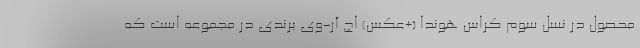
محصول در نسل سوم کراس هوندا (+عکس) اچ آر-وی برندی در مجموعه است که